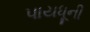
પાયધૂની